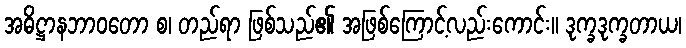
အဓိဋ္ဌာနဘာဝတော စ၊ တည်ရာ ဖြစ်သည်၏ အဖြစ်ကြောင့်လည်းကောင်း။ ဒုက္ခဒုက္ခတာယ၊